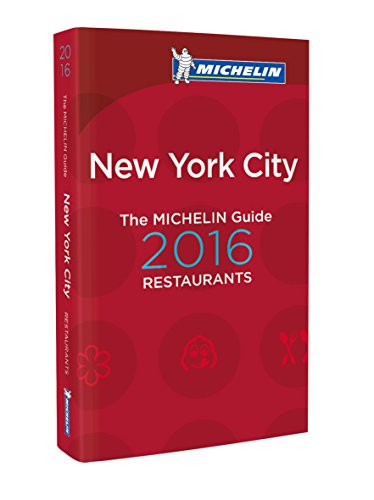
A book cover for New York 2016 Michelin Guide (Michelin Guides); Michelin; Travel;